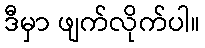
ဒီမှာ ဖျက်လိုက်ပါ။